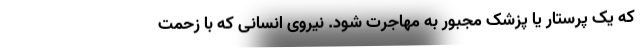
که یک پرستار یا پزشک مجبور به مهاجرت شود. نیروی انسانی که با زحمت